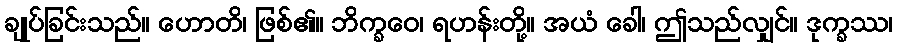
ချုပ်ခြင်းသည်။ ဟောတိ၊ ဖြစ်၏။ ဘိက္ခဝေ၊ ရဟန်းတို့။ အယံ ခေါ၊ ဤသည်လျှင်။ ဒုက္ခဿ၊